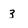
Character: 3